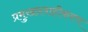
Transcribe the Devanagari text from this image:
प्रमुखप्रवाहीकरण